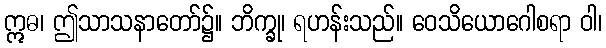
ဣဓ၊ ဤသာသနာတော်၌။ ဘိက္ခု၊ ရဟန်းသည်။ ဝေသိယောဂေါစရာ ဝါ၊